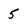
Character: 5